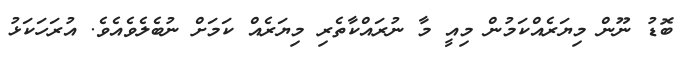
ބޮޑު ނޫން މިޔަރެއްކަމުން މިއީ މާ ނުރައްކާތެރި މިޔަރެއް ކަމަށް ނުބެލެވެއެވެ. އުރަހަކަޅު